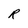
Character: R